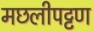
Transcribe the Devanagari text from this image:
मछलीपट्टण